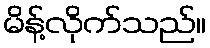
မိန့်လိုက်သည်။